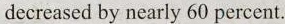
decreased by nearly 60 percent.